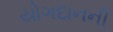
યોગદાનની